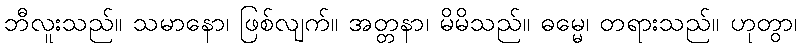
ဘီလူးသည်။ သမာနော၊ ဖြစ်လျက်။ အတ္တနာ၊ မိမိသည်။ ဓမ္မေ၊ တရားသည်။ ဟုတွာ၊